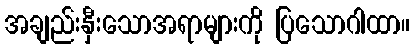
အချည်းနှီးသောအရာများကို ပြသောဂါထာ။